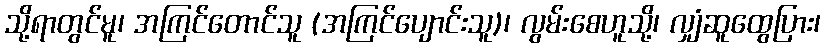
သို့ရာတွင်မူ၊ အကြင်တောင်သူ (အကြင်ပျောင်းသူ)၊ လွမ်းစေဟူသို့၊ လျှံဆူထွေပြား၊